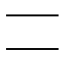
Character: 𠄠